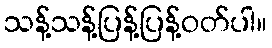
သန့်သန့်ပြန့်ပြန့်ဝတ်ပါ။